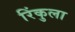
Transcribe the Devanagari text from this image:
रिंकुला